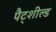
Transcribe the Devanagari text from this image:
पैट्शील्ड